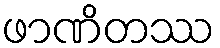
ဖာဏိတဿ